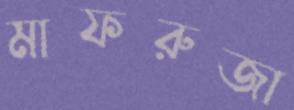
মাফরুজা